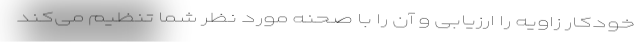
خودکار زاویه را ارزیابی و آن را با صحنه مورد نظر شما تنظیم می‌کند